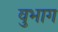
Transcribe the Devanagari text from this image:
वुभाग